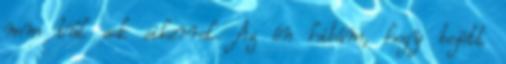
nem túl sok sikerrel. Az én hibám, hogy bejött